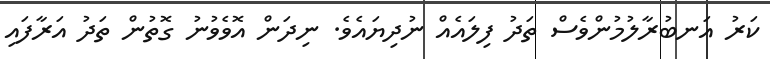
ކަރު އަނބުރާލުމުންވެސް ތަދު ފިލައެއް ނުދިޔައެވެ. ނިދަން އޮވެވުނު ގޮތުން ތަދު އަރާފައި